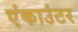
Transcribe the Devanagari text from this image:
एंकाउंटर